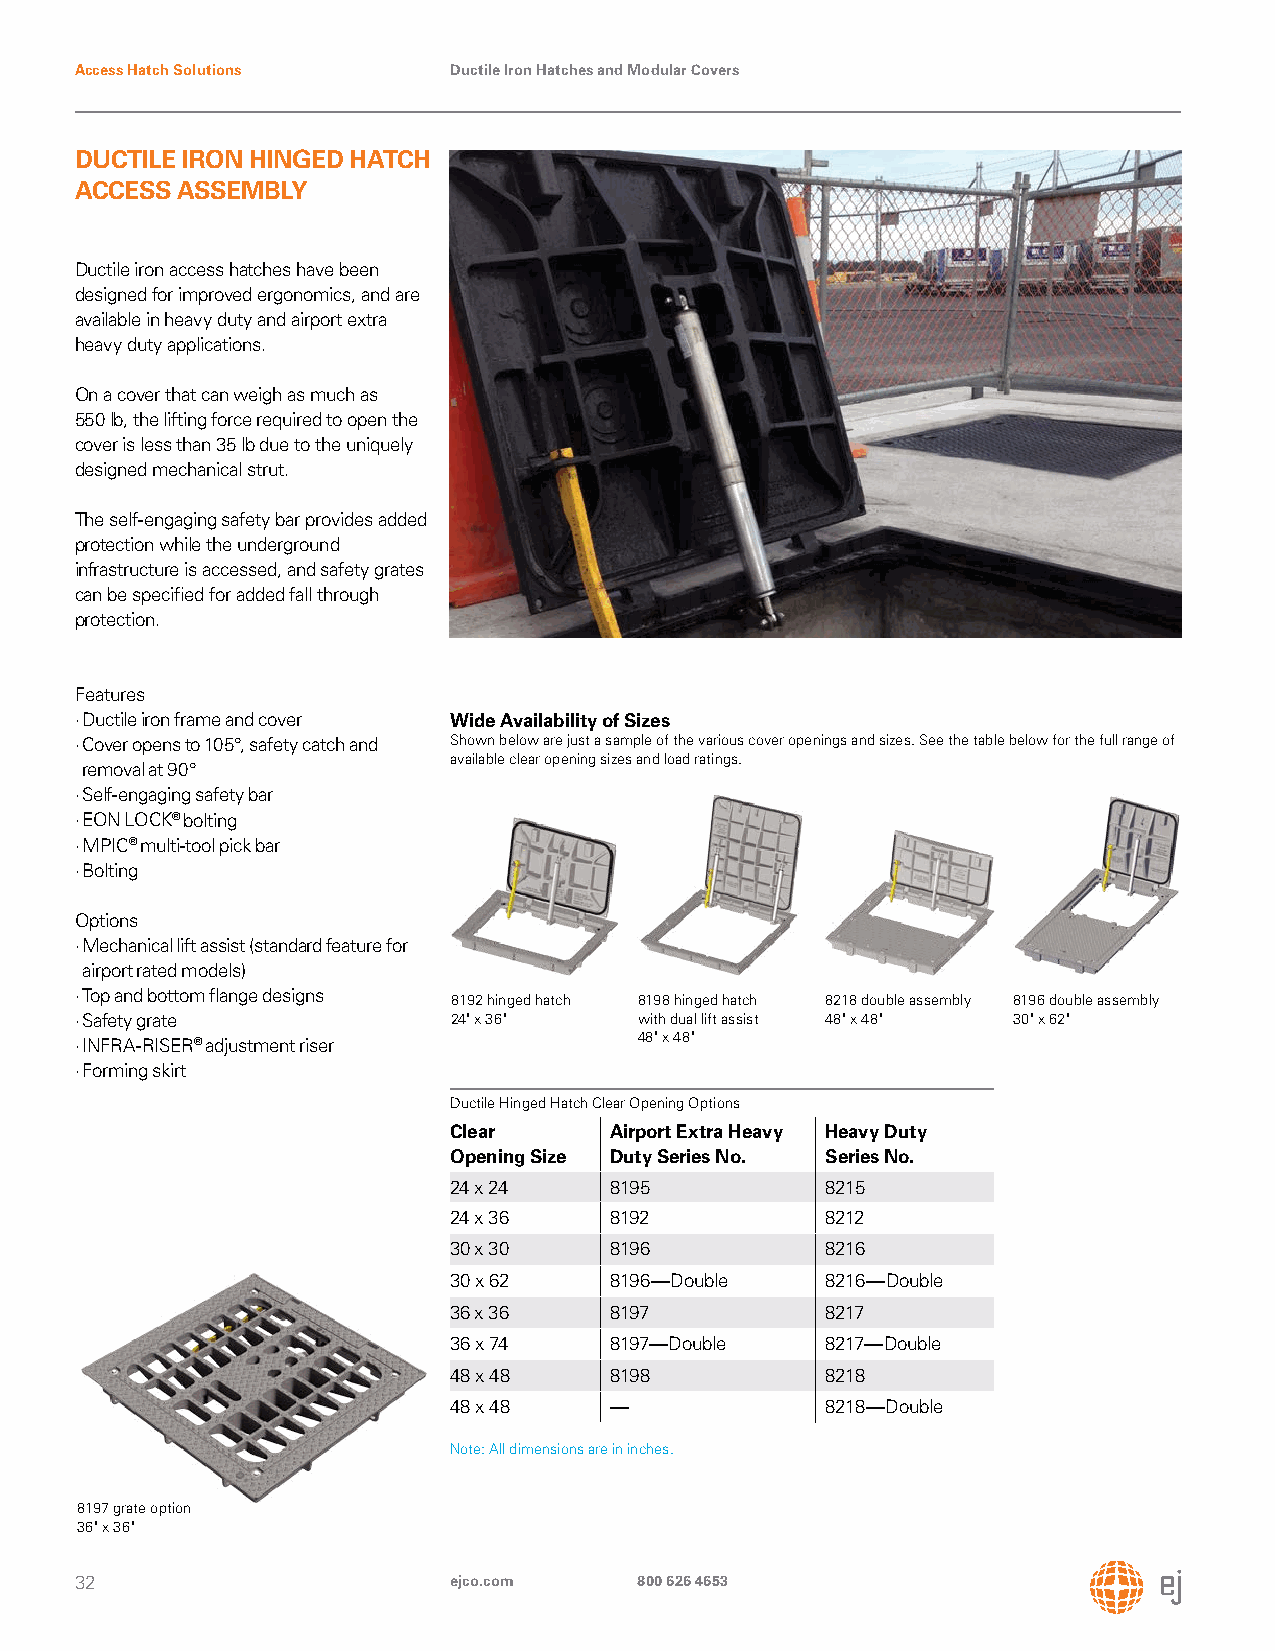
Access Hatch Solutions   Ductile Iron Hatches and Modular Covers
 DUCTILE IRON HINGED HATCH
 ACCESS ASSEMBLY
 Ductile iron access hatches have been
 designed for improved ergonomics, and are
 available in heavy duty and airport extra
 heavy duty applications.
 On a cover that can weigh as much as
 550 lb, the lifting force required to open the
 cover is less than 35 lb due to the uniquely
 designed mechanical strut.
 The self-engaging safety bar provides added
 protection while the underground
 infrastructure is accessed, and safety grates
 can be specified for added fall through
 protection.
 Features
 · Ductile iron frame and cover Wide Availability of Sizes
 · Cover opens to 105°, safety catch and Shown below are just a sample of the various cover openings and sizes. See the table below for the full range of
 available clear opening sizes and load ratings.
 removal at 90°
 · Self-engaging safety bar
 · EON LOCK® bolting
 · MPIC® multi-tool pick bar
 · Bolting
 Options
 · Mechanical lift assist (standard feature for
 airport rated models)
 · Top and bottom flange designs
 8192 hinged hatch 8198 hinged hatch 8218 double assembly 8196 double assembly
 · Safety grate           24" x 36"   with dual lift assist 48" x 48" 30" x 62"
 · INFRA-RISER® adjustment riser      48" x 48"
 · Forming skirt
 Ductile Hinged Hatch Clear Opening Options
 Clear     Airport Extra Heavy Heavy Duty
 Opening Size Duty Series No. Series No.
 24 x 24   8195           8215
 24 x 36   8192           8212
 30 x 30   8196           8216
 30 x 62   8196—Double    8216—Double
 36 x 36   8197           8217
 36 x 74   8197—Double    8217—Double
 48 x 48   8198           8218
 48 x 48   —              8218—Double
 Note: All dimensions are in inches.
 8197 grate option
 36" x 36"
 32                       ejco.com    800 626 4653